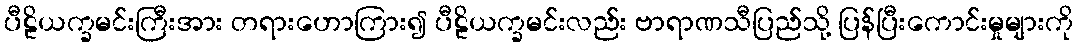
ပီဠိယက္ခမင်းကြီးအား တရားဟောကြား၍ ပီဠိယက္ခမင်းလည်း ဗာရာဏသီပြည်သို့ ပြန်ပြီးကောင်းမှုများကို